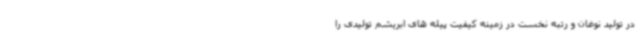
در تولید نوغان و رتبه نخست در زمینه کیفیت پیله های ابریشم تولیدی را